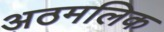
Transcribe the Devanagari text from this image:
अठमलिक